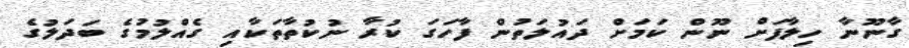
ގާނޫނާ ހިލާފަށް ނޫން ކަމަށް ދައުލަތުން ފާހަގަ ކުރާ ނުކުތާތަކާއި ގެއްލުމުގެ ބަދަލުގެ